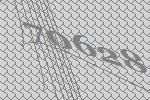
70628